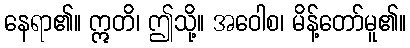
နေရာ၏။ ဣတိ၊ ဤသို့။ အဝေါစ၊ မိန့်တော်မူ၏။